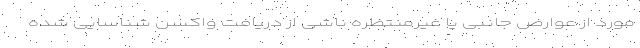
مورد از عوارض جانبی یا غیرمنتظره ناشی از دریافت واکسن شناسایی شده